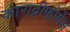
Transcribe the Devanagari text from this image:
काराद्रीफोर्मेस